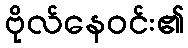
ဗိုလ်နေဝင်း၏